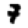
Digit: 7